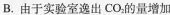
B.由于实验室逸出CO_{2}的量增加